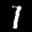
Label: 1